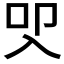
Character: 𭀾